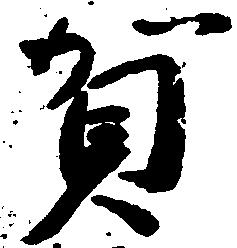
賀